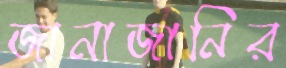
জানাজানির